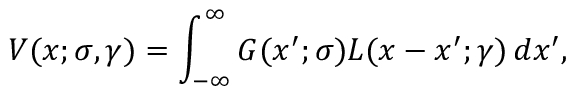
V ( x ; \sigma , \gamma ) = \int _ { - \infty } ^ { \infty } G ( x ^ { \prime } ; \sigma ) L ( x - x ^ { \prime } ; \gamma ) \, d x ^ { \prime } ,